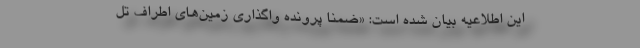
این اطلاعیه بیان شده است: «ضمناً پرونده واگذاری زمین‌های اطراف تل